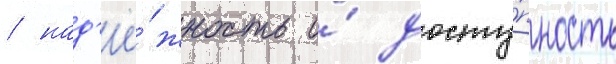
/ над'ё́жность и́ досту́пность